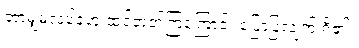
ဘာမျှမလုပ်ခဲ့ဟု ထင်တတ်ကြကြောင်း ပြောပြလျက် ရှိ၏။